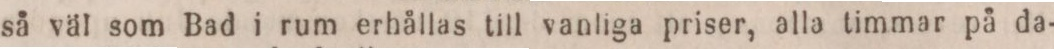
så väl som Bad i rum erhållas till vanliga priser, alla timmar på da-